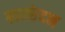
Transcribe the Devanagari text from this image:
त्वक्छेदन